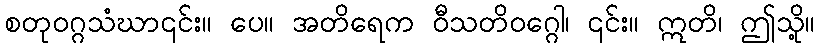
စတုဝဂ္ဂသံဃာ၎င်း။ ပေ။ အတိရေက ဝီသတိဝဂ္ဂေါ၊ ၎င်း။ ဣတိ၊ ဤသို့။